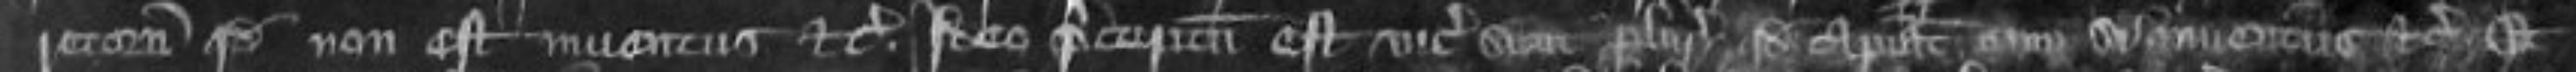
retornavit quod non est inventus etc ideo preceptum est vicecomiti sicut pluries quod capiat eum si inventus etc Et